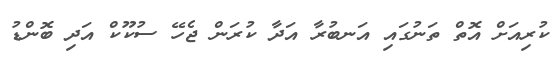
ކުރިއަށް އޮތް ތަނުގައި އަނބުރާ އަދާ ކުރަން ޖެހޭ ސުކޫކް އަދި ބޮންޑު